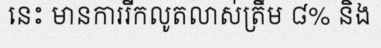
នេះ មានការរីកលូតលាស់ត្រឹម ៨% និង